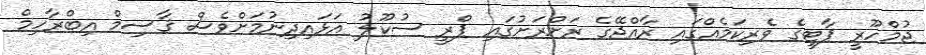
ޖުމްހޫރީ ޕާޓީގެ ވެރިކަމެއްގައި ރާއްޖޭގެ ރަށްރަށުގައި ޕްރީ ސުކޫލު އަޅައިދިނުމަށްވެސް ޤާސިމް އިބްރާހިމް